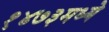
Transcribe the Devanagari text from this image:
१४७३मध्ये